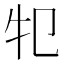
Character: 𤘕